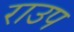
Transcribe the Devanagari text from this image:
राउप